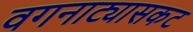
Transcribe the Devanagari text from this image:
वगनाट्यासकट